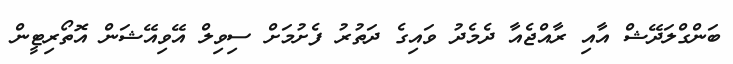
ބަންގްލަދޭޝް އާއި ރާއްޖެއާ ދެމެދު ވައިގެ ދަތުރު ފެށުމަށް ސިވިލް އޭވިއޭޝަން އޮތޯރިޓީން